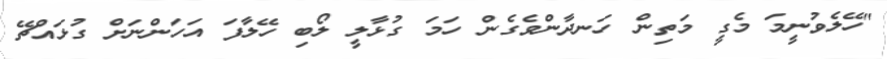
"ހޭލެވުނީމަ މެގީ މަތިން ހަނދާންވެގެން ހަމަ ގުޅާލީ ލޯބި ހޭލާފަ އަހަންނަށް ގުޅައްޗޭ